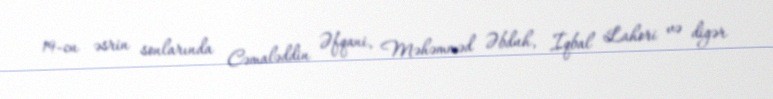
19-cu əsrin sonlarında Cəmaləddin Əfqani, Məhəmməd Əbduh, İqbal Lahori və digər